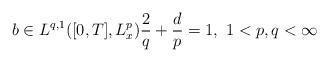
LaTeX: \begin{align*} b\in L^{q,1}([0,T],L^p_x) \frac{2}{q}+\frac{d}{p} = 1, \ 1<p,q<\infty\end{align*}